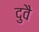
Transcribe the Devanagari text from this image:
दुवै